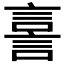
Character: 𧨟